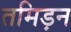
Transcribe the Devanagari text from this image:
तमिड़न